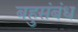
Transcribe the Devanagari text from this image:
बहुसंबंध